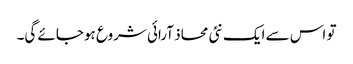
تو اس سے ایک نئی محاذ آرائی شروع ہوجائے گی۔